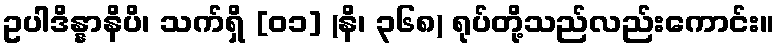
ဥပါဒိန္နာနိပိ၊ သက်ရှိ [၀၁] (နိ၊ ၃၆၈) ရုပ်တို့သည်လည်းကောင်း။